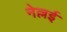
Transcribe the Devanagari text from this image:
नेल्लई